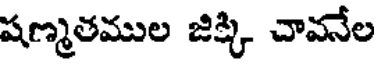
షణ్మతముల జిక్కి చావనేల